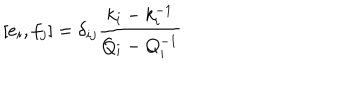
\lbrack e _ { i } , f _ { j } ] = \delta _ { i j } \frac { k _ { i } - k _ { i } ^ { - 1 } } { Q _ { i } - Q _ { i } ^ { - 1 } }